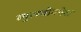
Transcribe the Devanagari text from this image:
व्युत्पत्तीकोश